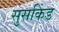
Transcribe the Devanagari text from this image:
सुसकिंड